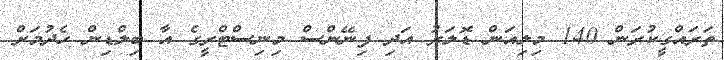
ތަރައްގީކުރަން 140 މިލިއަން ޑޮލަރު އަދި ފިނޭންސް މިނިސްޓްރީގެ އާ ބިލްޑިން ހެދުމަށް